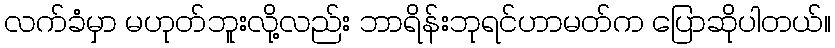
လက်ခံမှာ မဟုတ်ဘူးလို့လည်း ဘာရိန်းဘုရင်ဟာမတ်က ပြောဆိုပါတယ်။